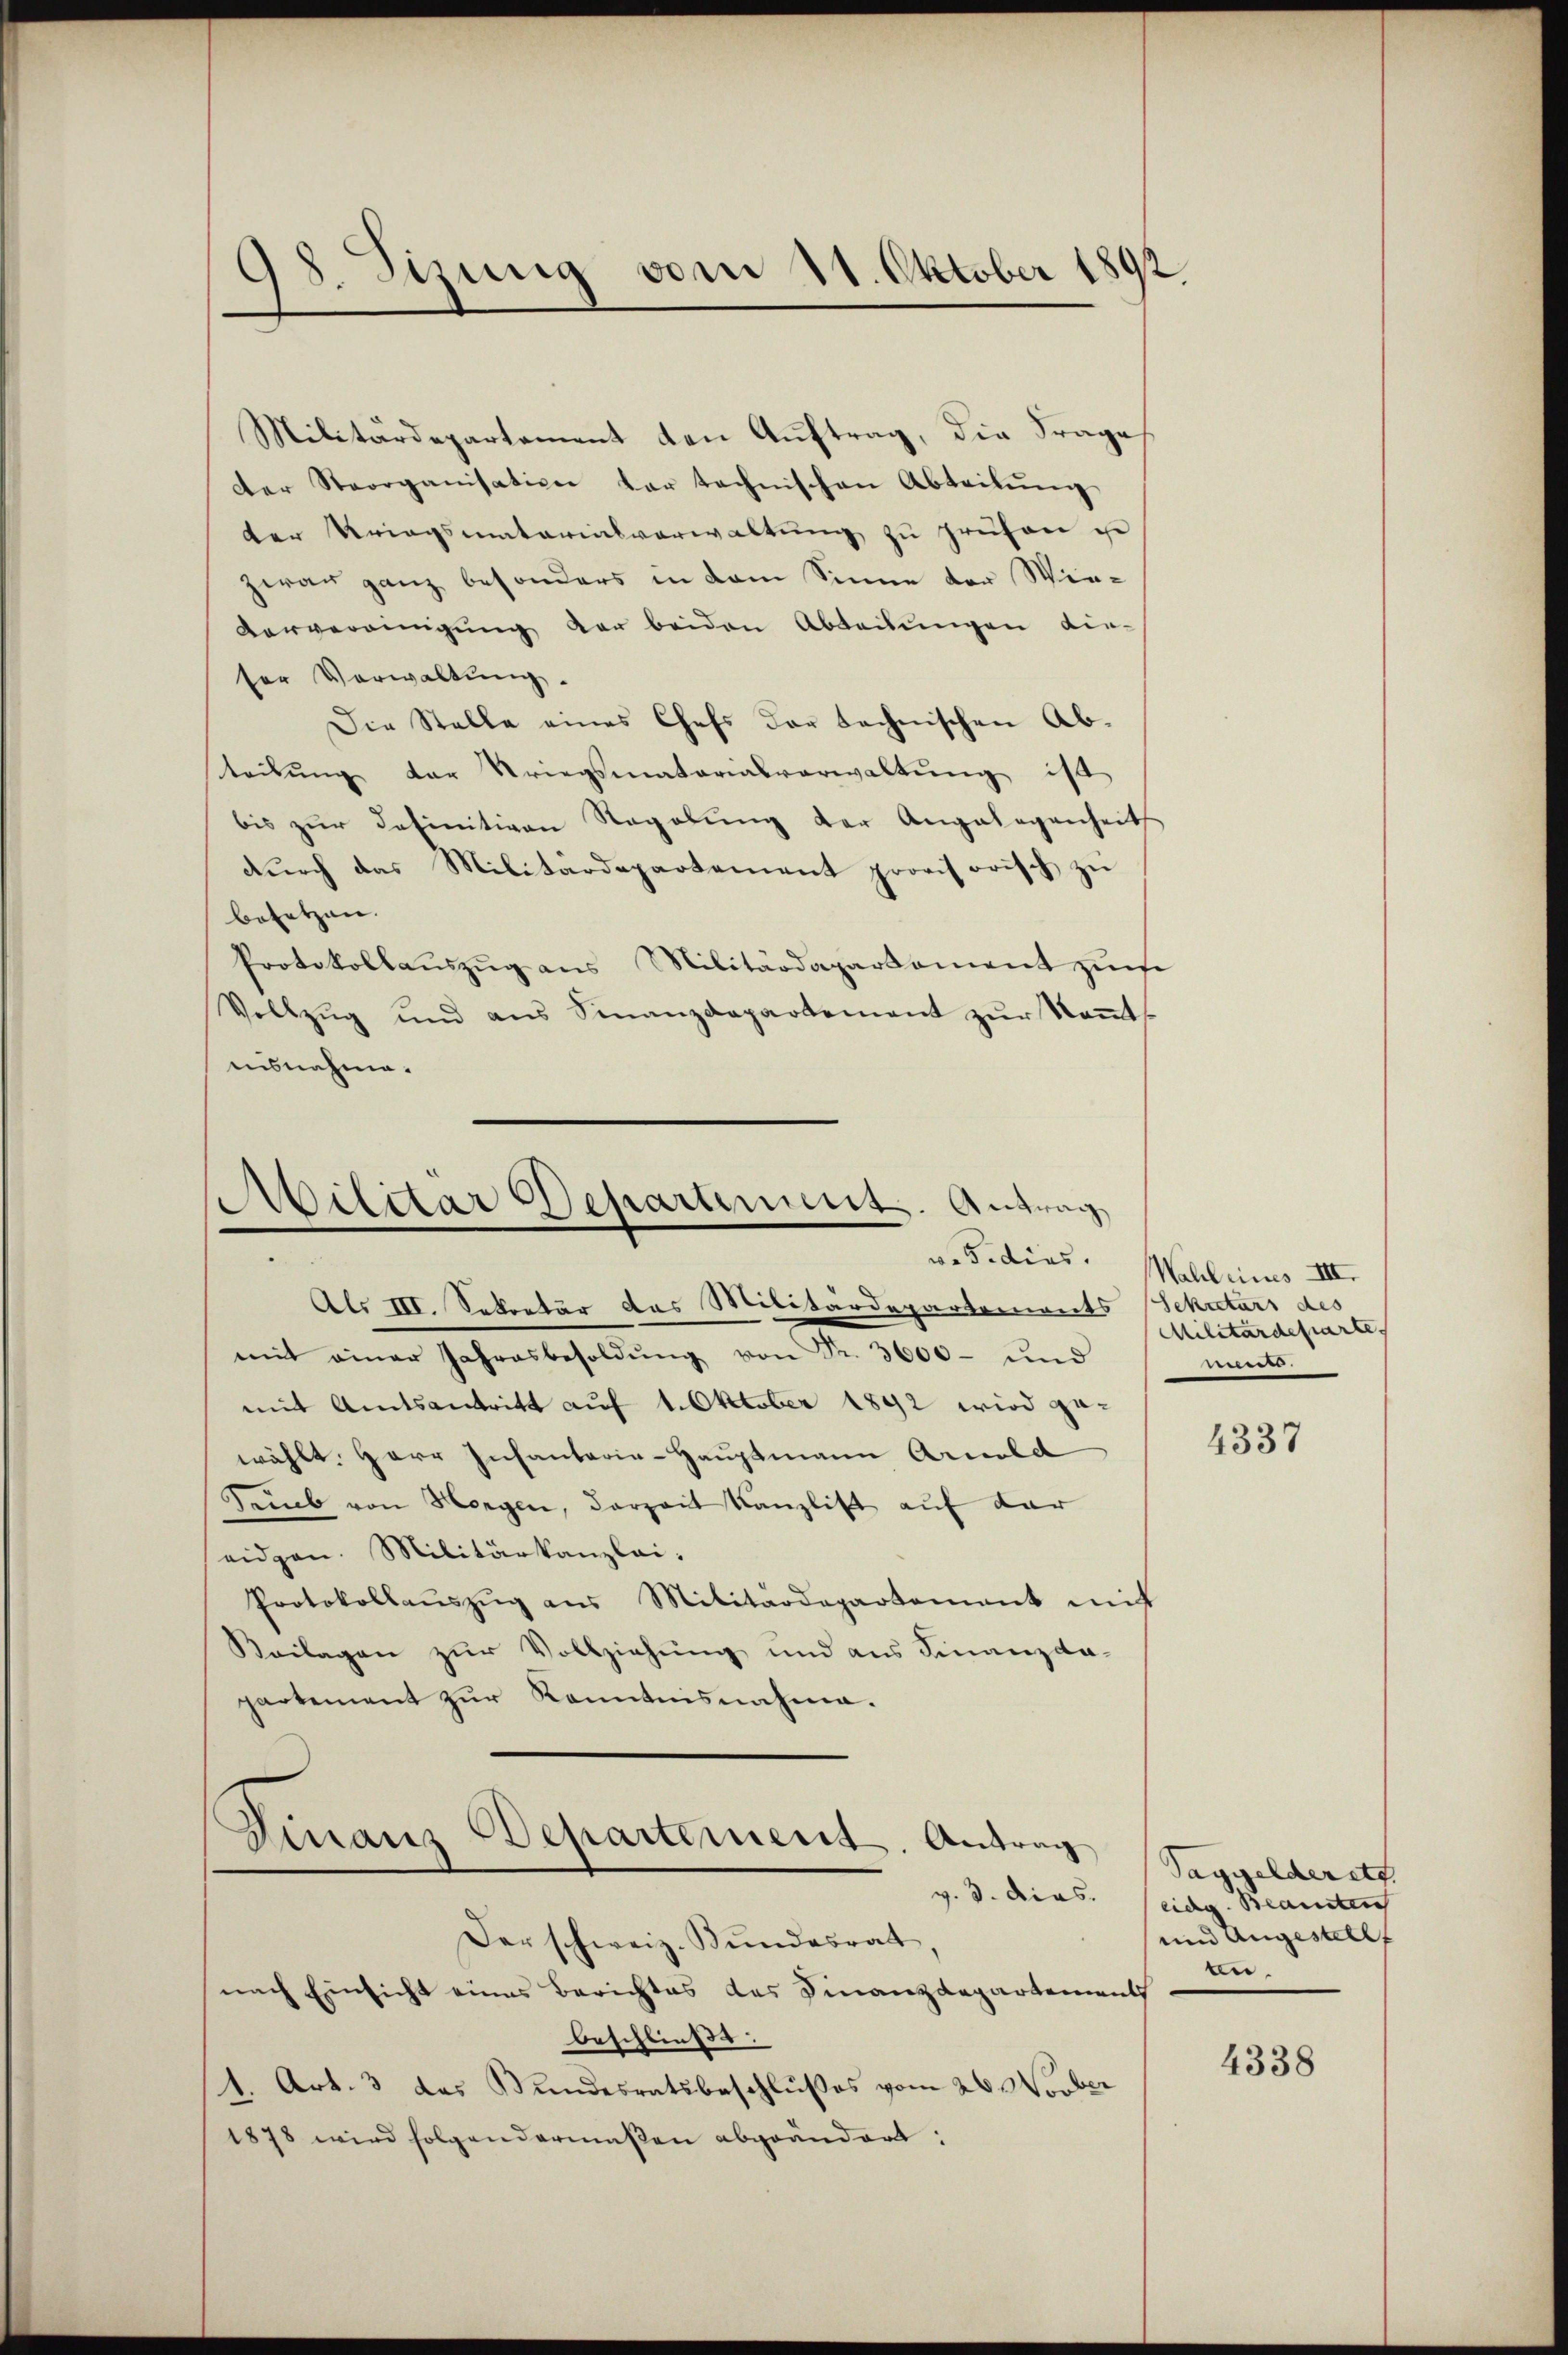
98. Sizung vom 11. Oktober 1892

Militärdepartament den Auftrag, die Frage
der Steorganisation der technischen Abteilŭng
der Kriegsmatarialverwaltŭng zu prüfen e
zwar ganz besonders in dem Sinne der Win¬
Vorvereinigung der beiden Abteilungen dieser Verwaltŭng.
Die Stelle eines Chefs der technischen Ab-
teilung der Kriegsmatorialverwaltung ist
bis zŭr definitiven Regelŭng der Angelegenheit
dŭrch das Militärdepartement provisorisch zŭ
besetzen.
Protokollaŭszŭg ans Militärdepartament zŭ se
Vollzug und aus Finanzdepartement zur kommt,
ausnahme.

Militar Departement. Antrag

Als III. Sekretär das Militärdepartements Schatars des
mit einer Jahresbesoldŭng von Fr. 3600- und
mit Amtsantritt auf 1. Oktober 1892 wird ge-
wählt. Herr Infantaria-Hauptmann Arnold
Saub von Horgen, derzeit Kanzlist auf dar
seidgen. Militärkanzlei-
Protokollaŭszŭg ans Militärdepartement mit
Beilagen zur Vollziehung und aus Finanzda-
partement zŭr Kenntnisnahma.
Finanz Departement. Antrag
Der schweiz. Bŭndesrat,
nach Einsicht eines Berichtes des Finanzdepartement
beschließ.
1. Art. 3 das Bundesratsbeschlußes vom 26. Novber
1878 wird folgendermaßen abgeändert:

vesidens. Walleines III.
Militärdeparte,
e.

4337

Taggelderett.
v. 3. dies eidg. Beamten
und Angestellt
ten.

4338